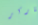
هاركر